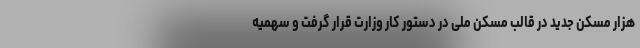
هزار مسکن جدید در قالب مسکن ملی در دستور کار وزارت قرار گرفت و سهمیه